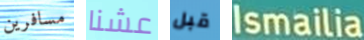
مسافرين عشنا قبل Ismailia